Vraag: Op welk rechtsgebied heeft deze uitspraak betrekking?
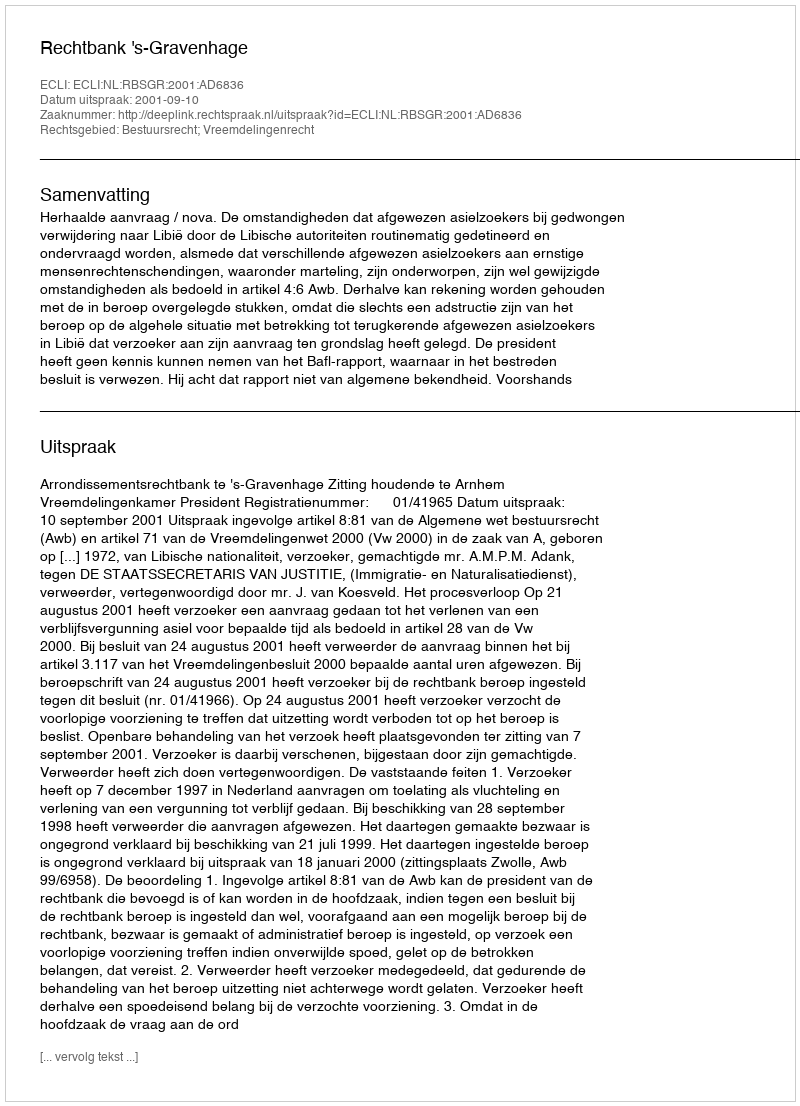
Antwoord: Bestuursrecht; Vreemdelingenrecht